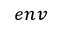
_ { e n v }